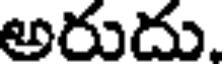
అరుదు.